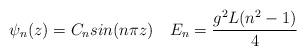
LaTeX: \begin{align*}\psi_n(z) = C_n sin(n\pi z) \quad E_n = {g^2L(n^2-1) \over 4}\end{align*}